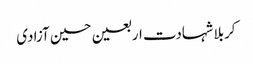
کربلا شہادت اربعین حسین آزادی